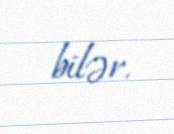
bilər.